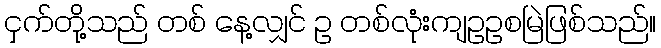
ငှက်တို့သည် တစ် နေ့လျှင် ဥ တစ်လုံးကျဥဥစမြဲဖြစ်သည်။